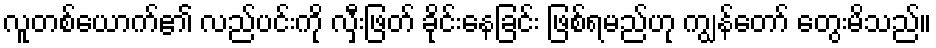
လူတစ်ယောက်၏ လည်ပင်းကို လှီးဖြတ် ခိုင်းနေခြင်း ဖြစ်ရမည်ဟု ကျွန်တော် တွေးမိသည်။